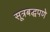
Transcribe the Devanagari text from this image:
सूत्रबद्धपणे